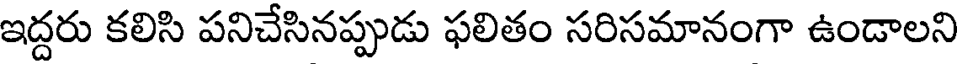
ఇద్దరు కలిసి పనిచేసినప్పుడు ఫలితం సరిసమానంగా ఉండాలని